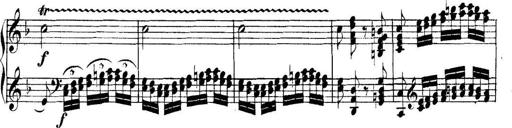
Title: Collected Piano Sonatas
Composer: Muzio Clementi